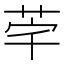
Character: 𮎸